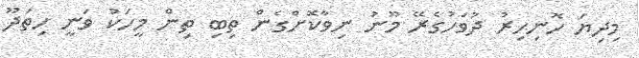
މިދިޔަ ހޮނިހިރު ދުވަހުގެރޭ މޫނު ނިވާކޮށްގެން ތިބި ތިން މީހަކު ވަނީ ހިތަދޫ